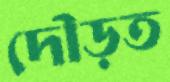
দৌড়ত